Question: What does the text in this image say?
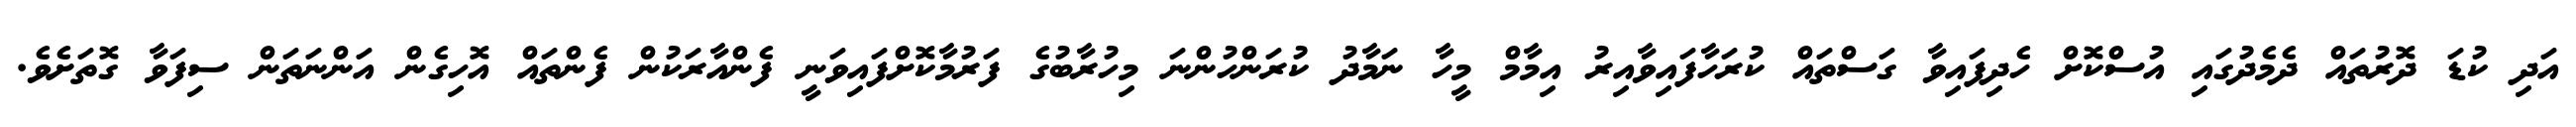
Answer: އަދި ކުޑަ ދޮރުތައް ދެމެދުގައި އުސްކޮށް ހެދިފައިވާ ގަސްތައް ކުރަހާފައިވާއިރު އިމާމް މީހާ ނަމާދު ކުރަންހުންނަ މިހުރާބުގެ ފަރުމާކޮށްފައިވަނީ ފެންއާރަކުން ފެންތައް އޮހިގެން އަންނަތަން ސިފަވާ ގޮތަށެވެ.